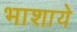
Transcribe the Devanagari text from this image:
भाशाये